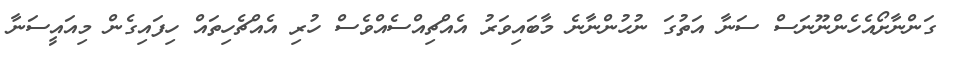
ގަންނާށޯއެހެންނޫނަސް ސަނާ އަތުގަ ނުހުންނާނެ މާބައިވަރު އެއްޗިއްސެއްވެސް ހުރި އެއްޗެހިތައް ހިފައިގެން މިއައީސަނާ